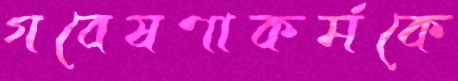
গবেষণাকর্মকে